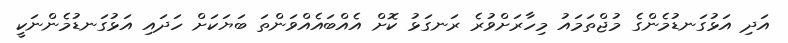
އަދި އަޅުގަނޑުމެންގެ މުޖްތަމައު މިހާރަށްވުރެ ރަނގަޅު ކޮށް އެއްބައެއްވަންތަ ބަޔަކަށް ހަދައި އަޅުގަނޑުމެންނަކީ